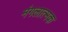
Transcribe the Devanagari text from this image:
मंगलात्मक